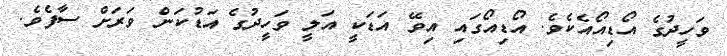
ވަހީދުގެ އޯޑިއޯއެކެވެ. އޯޑިއޯގައި އިވޭ އަޑަކީ އަލީ ވަހީދުގެ އަޑުކަން ވަރަށް ސާފެވެ.